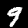
Digit: 9